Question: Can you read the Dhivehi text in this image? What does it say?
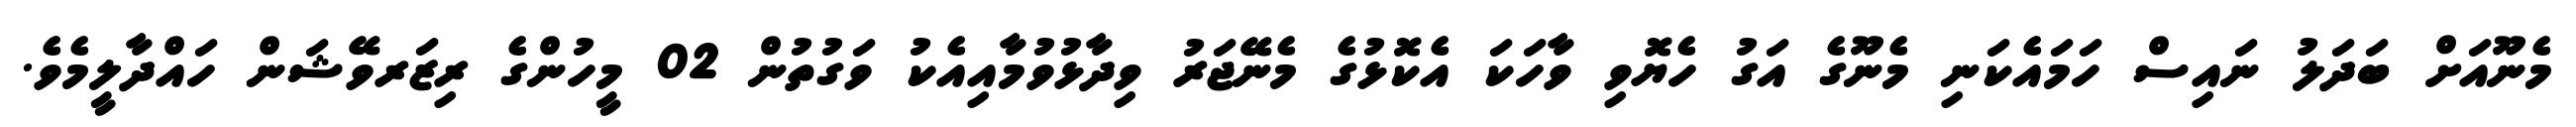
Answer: މެނޫއަށް ބަދަލު ނައިސް ހަމައެކަނި މެނޫގެ އަގު ހެޔޮވި ވާހަކަ އެކޮޅުގެ މެނޭޖަރު ވިދާޅުވުމާއިއެކު ވަގުތުން 02 މީހުންގެ ރިޒަރވޭޝަން ހައްދާލީމެވެ.